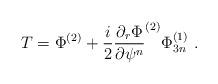
LaTeX: \begin{align*}T = \Phi^{(2)} +\frac{i}{2} \frac{\partial_r\Phi}{\partial\psi^n}^{(2)}\Phi^{(1)}_{3n}\,\,.\end{align*}